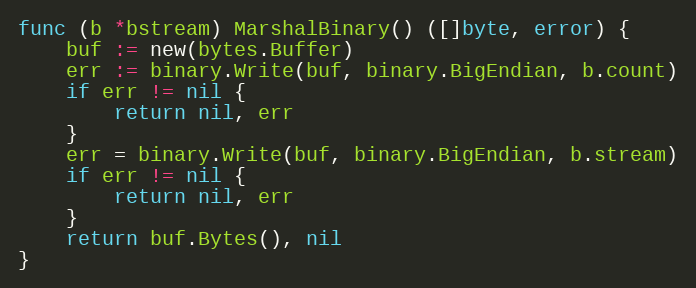
Language: Go
func (b *bstream) MarshalBinary() ([]byte, error) {
	buf := new(bytes.Buffer)
	err := binary.Write(buf, binary.BigEndian, b.count)
	if err != nil {
		return nil, err
	}
	err = binary.Write(buf, binary.BigEndian, b.stream)
	if err != nil {
		return nil, err
	}
	return buf.Bytes(), nil
}